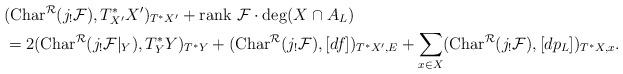
LaTeX: \begin{align*}&({\rm Char}^{\cal R}(j_!{\cal F}),T^*_{X'}X')_{T^*X'}+{\rm rank}\ {\cal F}\cdot \deg(X\cap A_L)\\&=2({\rm Char}^{\cal R}(j_!{\cal F}|_Y),T^*_YY)_{T^*Y}+({\rm Char}^{\cal R}(j_!{\cal F}),[df])_{T^*X',E}+\sum_{x\in X}({\rm Char}^{\cal R}(j_!{\cal F}),[dp_L])_{T^*X,x}.\end{align*}